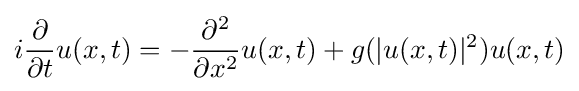
i{\frac {\partial }{\partial t}}u(x,t)=-{\frac {\partial ^{2}}{\partial x^{2}}}u(x,t)+g(|u(x,t)|^{2})u(x,t)